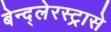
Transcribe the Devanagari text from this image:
बेन्द्लेरस्ट्रासे